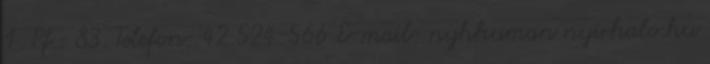
1. Pf.: 83. Telefon: 42 524-566 E-mail: nyhhuman nyirhalo.hu